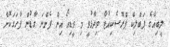
ލީބިއާގެ ޕަބްލިކް ޕްރޮސެކިއުޓާ ވިދާޅުވީ މި ވީޑިއޯ އިން ފެންނަ ގާޑުން ފާހަގަކޮށް